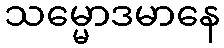
သမ္မောဒမာနေ